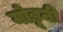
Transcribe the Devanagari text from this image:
मोडूनी